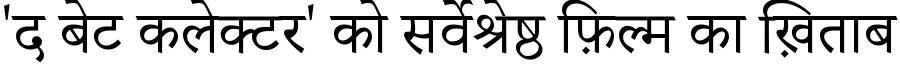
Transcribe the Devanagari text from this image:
'द बेट कलेक्टर' को सर्वेश्रेष्ठ फ़िल्म का ख़िताब